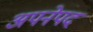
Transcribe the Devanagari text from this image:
अपनेपद